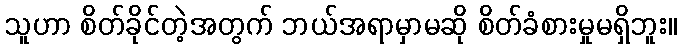
သူဟာ စိတ်ခိုင်တဲ့အတွက် ဘယ်အရာမှာမဆို စိတ်ခံစားမှုမရှိဘူး။